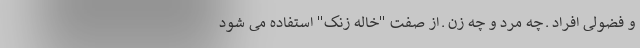
و فضولی افراد ـ چه مرد و چه زن ـ از صفت "خاله زنک" استفاده می شود